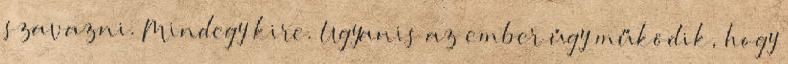
szavazni. Mindegy kire. Ugyanis az ember úgy működik, hogy